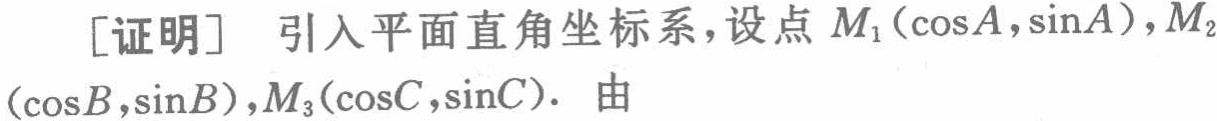
[证明] 引入平面直角坐标系，设点 \(M_1(\cos A,\sin A)\)，\(M_2(\cos B,\sin B)\)，\(M_3(\cos C,\sin C)\)。由